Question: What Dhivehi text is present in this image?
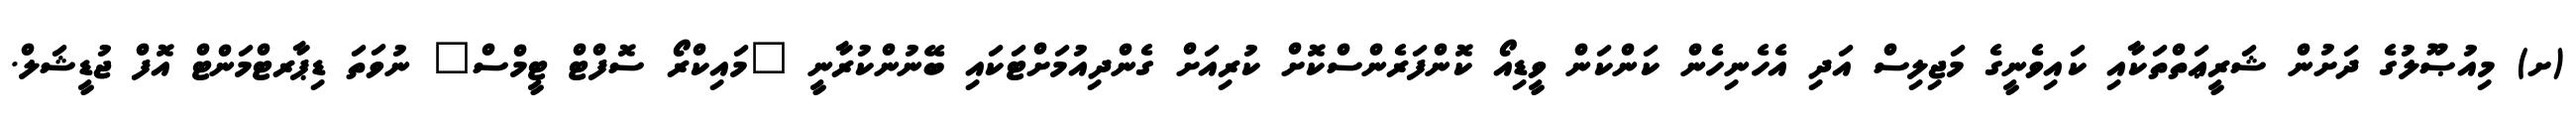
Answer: (ށ) މިއުޞޫލުގެ ދަށުން ޝަރީޢަތްތަކާއި ކައިވެނީގެ މަޖިލިސް އަދި އެހެނިހެން ކަންކަން ވީޑިއޯ ކޮންފަރެންސްކޮށް ކުރިއަށް ގެންދިއުމަށްޓަކައި ބޭނުންކުރާނީ "މައިކްރޯ ސޮފްޓް ޓީމްސް" ނުވަތަ ޑިޕާރޓްމަންޓް އޮފް ޖުޑީޝަލް.